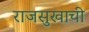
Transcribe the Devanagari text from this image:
राजसुखाची